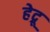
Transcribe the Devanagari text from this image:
हेद्रू